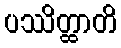
ပဿိတ္ထာတိ